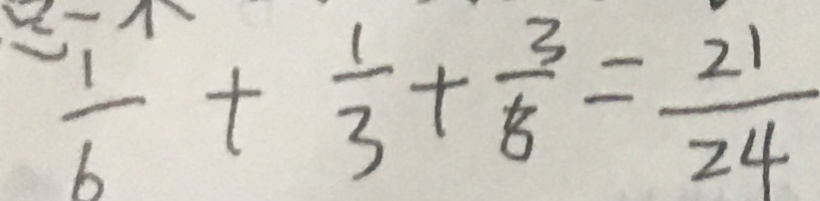
\frac { 1 } { 6 } + \frac { 1 } { 3 } + \frac { 3 } { 8 } = \frac { 2 1 } { 2 4 }